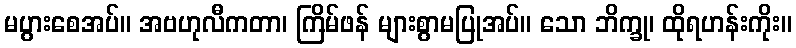
မပွားစေအပ်။ အဗဟုလီကတာ၊ ကြိမ်ဖန် များစွာမပြုအပ်။ သော ဘိက္ခု၊ ထိုရဟန်းကိုး။